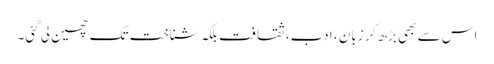
اس سے بھی بڑھ کر زبان ، ادب، ثقافت بلکہ شناخت تک چھین لی گئی۔